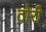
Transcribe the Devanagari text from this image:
ठोरी